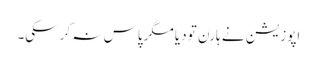
اپوزیشن نے ہارن تو دیا مگرپاس نہ کرسکی۔